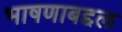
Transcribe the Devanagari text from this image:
भाषणाबद्दल